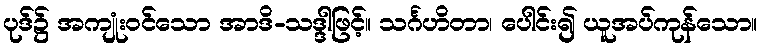
ပုဒ်၌ အကျုံးဝင်သော အာဒိ-သဒ္ဒါဖြင့်။ သင်္ဂဟိတာ၊ ပေါင်း၍ ယူအပ်ကုန်သော။